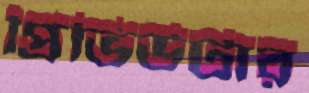
প্রিভিউটার